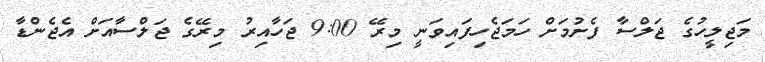
މަޖިލީހުގެ ޖަލްސާ ފެށުމަށް ހަމަޖެހިފައިވަނީ މިރޭ 9:00 ޖަހާއިރު މިރޭގެ ޖަލްސާއަށް އެޖެންޑާ